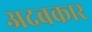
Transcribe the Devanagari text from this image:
अदबकार